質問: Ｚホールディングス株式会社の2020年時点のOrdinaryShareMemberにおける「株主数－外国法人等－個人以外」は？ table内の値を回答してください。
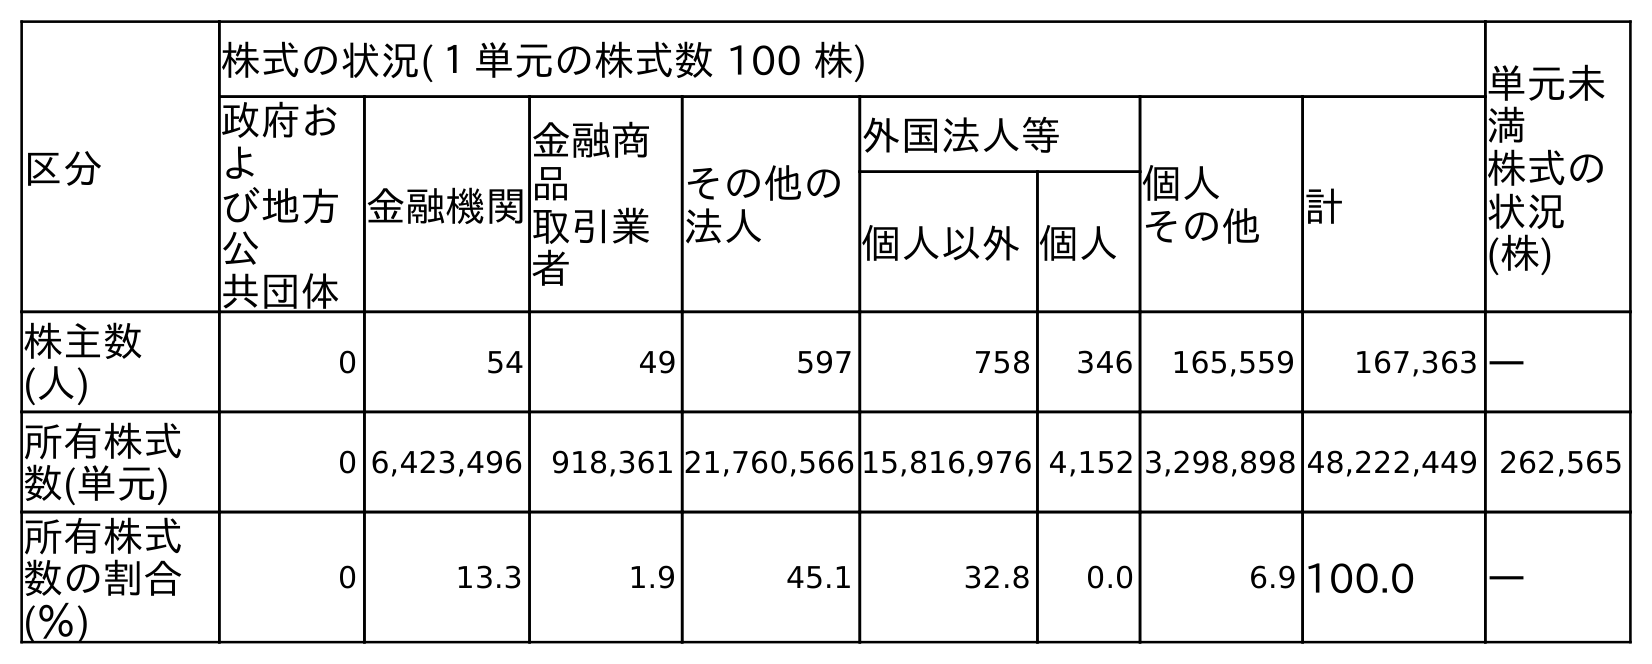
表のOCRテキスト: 区分 株式の状況(１単元の株式数 100 株) 単元未 満 株式の 状況 (株) 政府お よ び地方 公 共団体 金融機関 金融商 品 取引業 者 その他の 法人 外国法人等 個人 その他 計 個人以外個人 株主数 (人) 0 54 49 597 758 346 165,559 167,363 ― 所有株式 数(単元) 0 6,423,496 918,361 21,760,566 15,816,976 4,152 3,298,898 48,222,449 262,565 所有株式 数の割合 (％) 0 13.3 1.9 45.1 32.8 0.0 6.9 100.0 ―
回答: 758